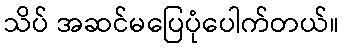
သိပ် အဆင်မပြေပုံပေါက်တယ်။